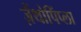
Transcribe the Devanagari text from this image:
ज़ैंथोपिंप्ला